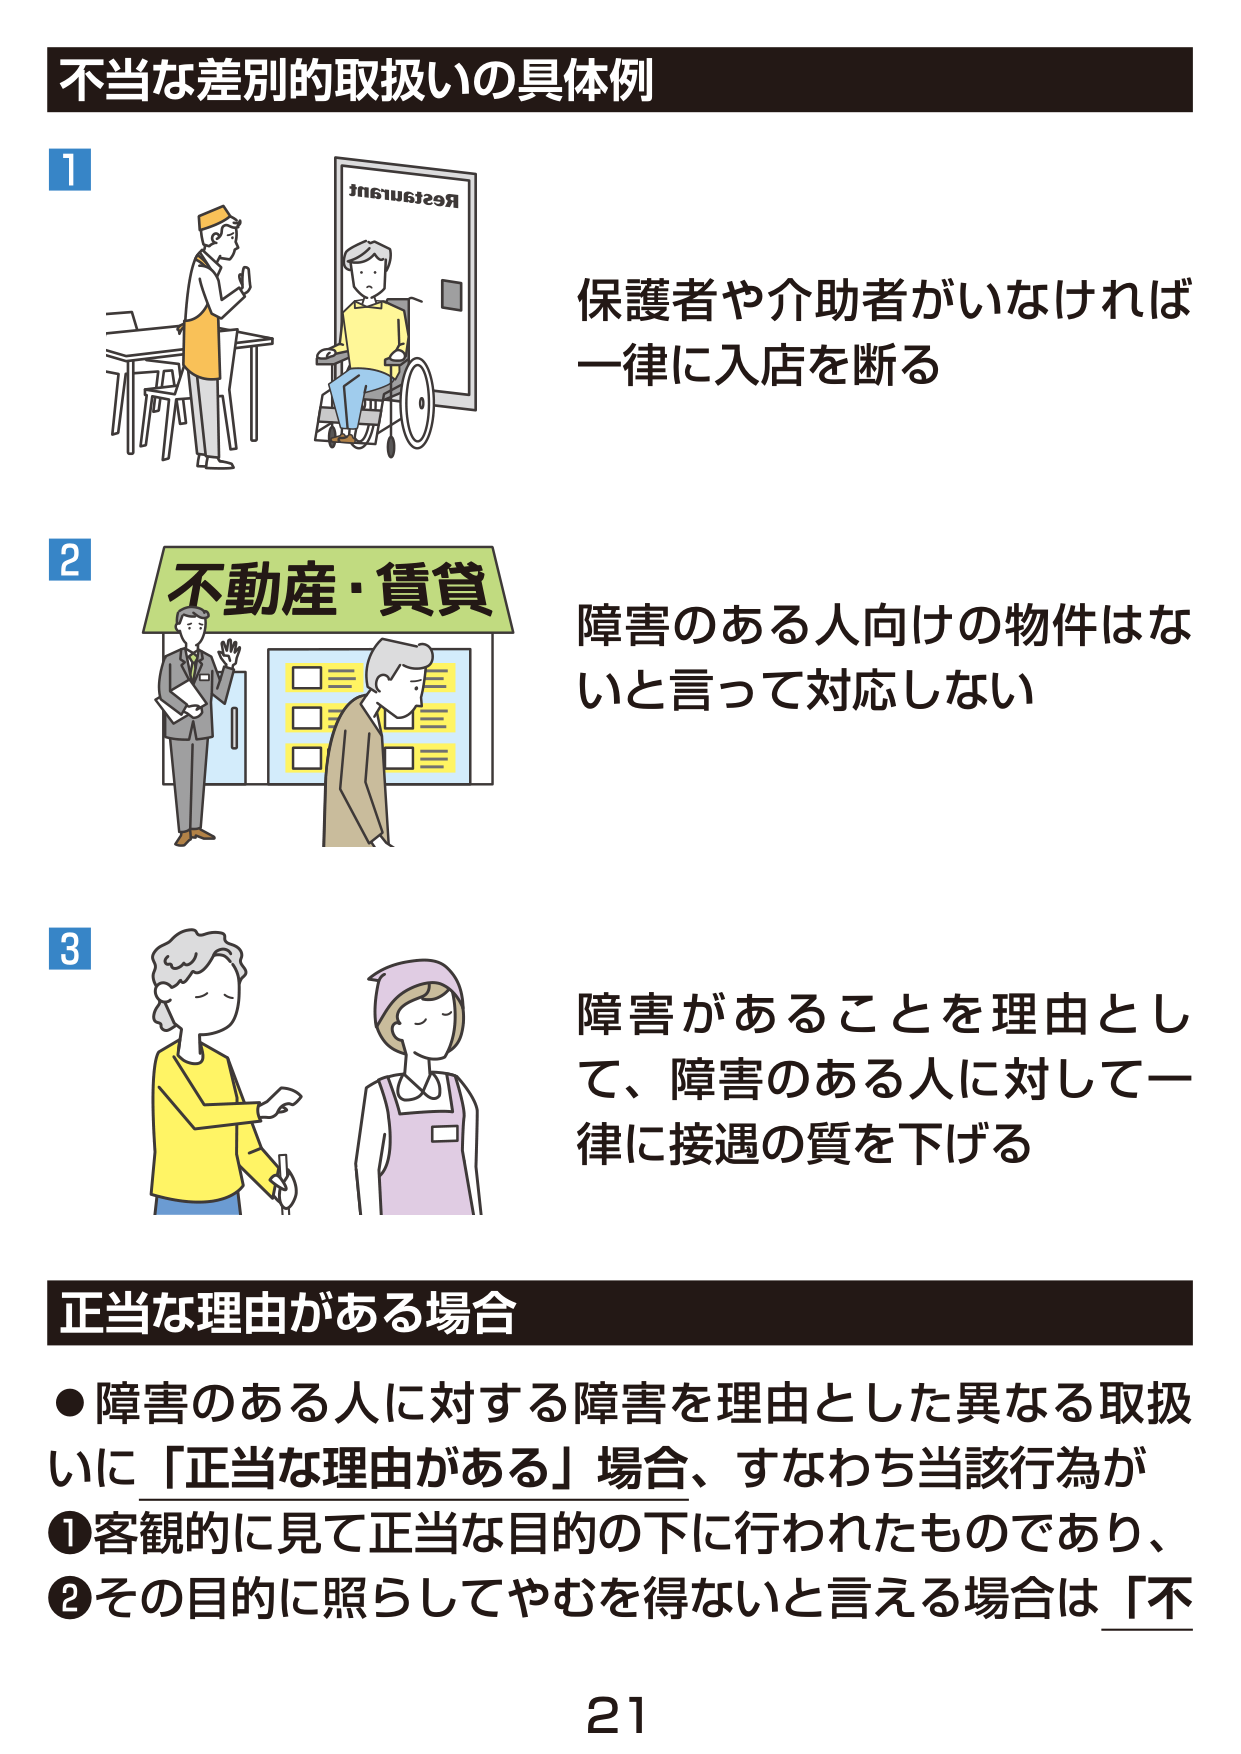
不当な差別的取扱いの具体例

1
Restaurant
保護者や介助者がいなければ
一律に入店を断る

2
不動産・賃貸
障害のある人向けの物件はな
いと言って対応しない

3
障害があることを理由とし
て、障害のある人に対して一
律に接遇の質を下げる

正当な理由がある場合
●障害のある人に対する障害を理由とした異なる取扱
いに「正当な理由がある」場合、すなわち当該行為が
①客観的に見て正当な目的の下に行われたものであり、
②その目的に照らしてやむを得ないと言える場合は「不

21